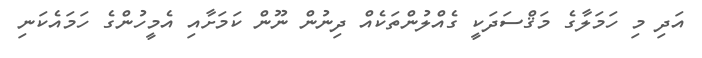
އަދި މި ހަމަލާގެ މަޤްސަދަކީ ގެއްލުންތަކެއް ދިނުން ނޫން ކަމަށާއި އެމީހުންގެ ހަމައެކަނި